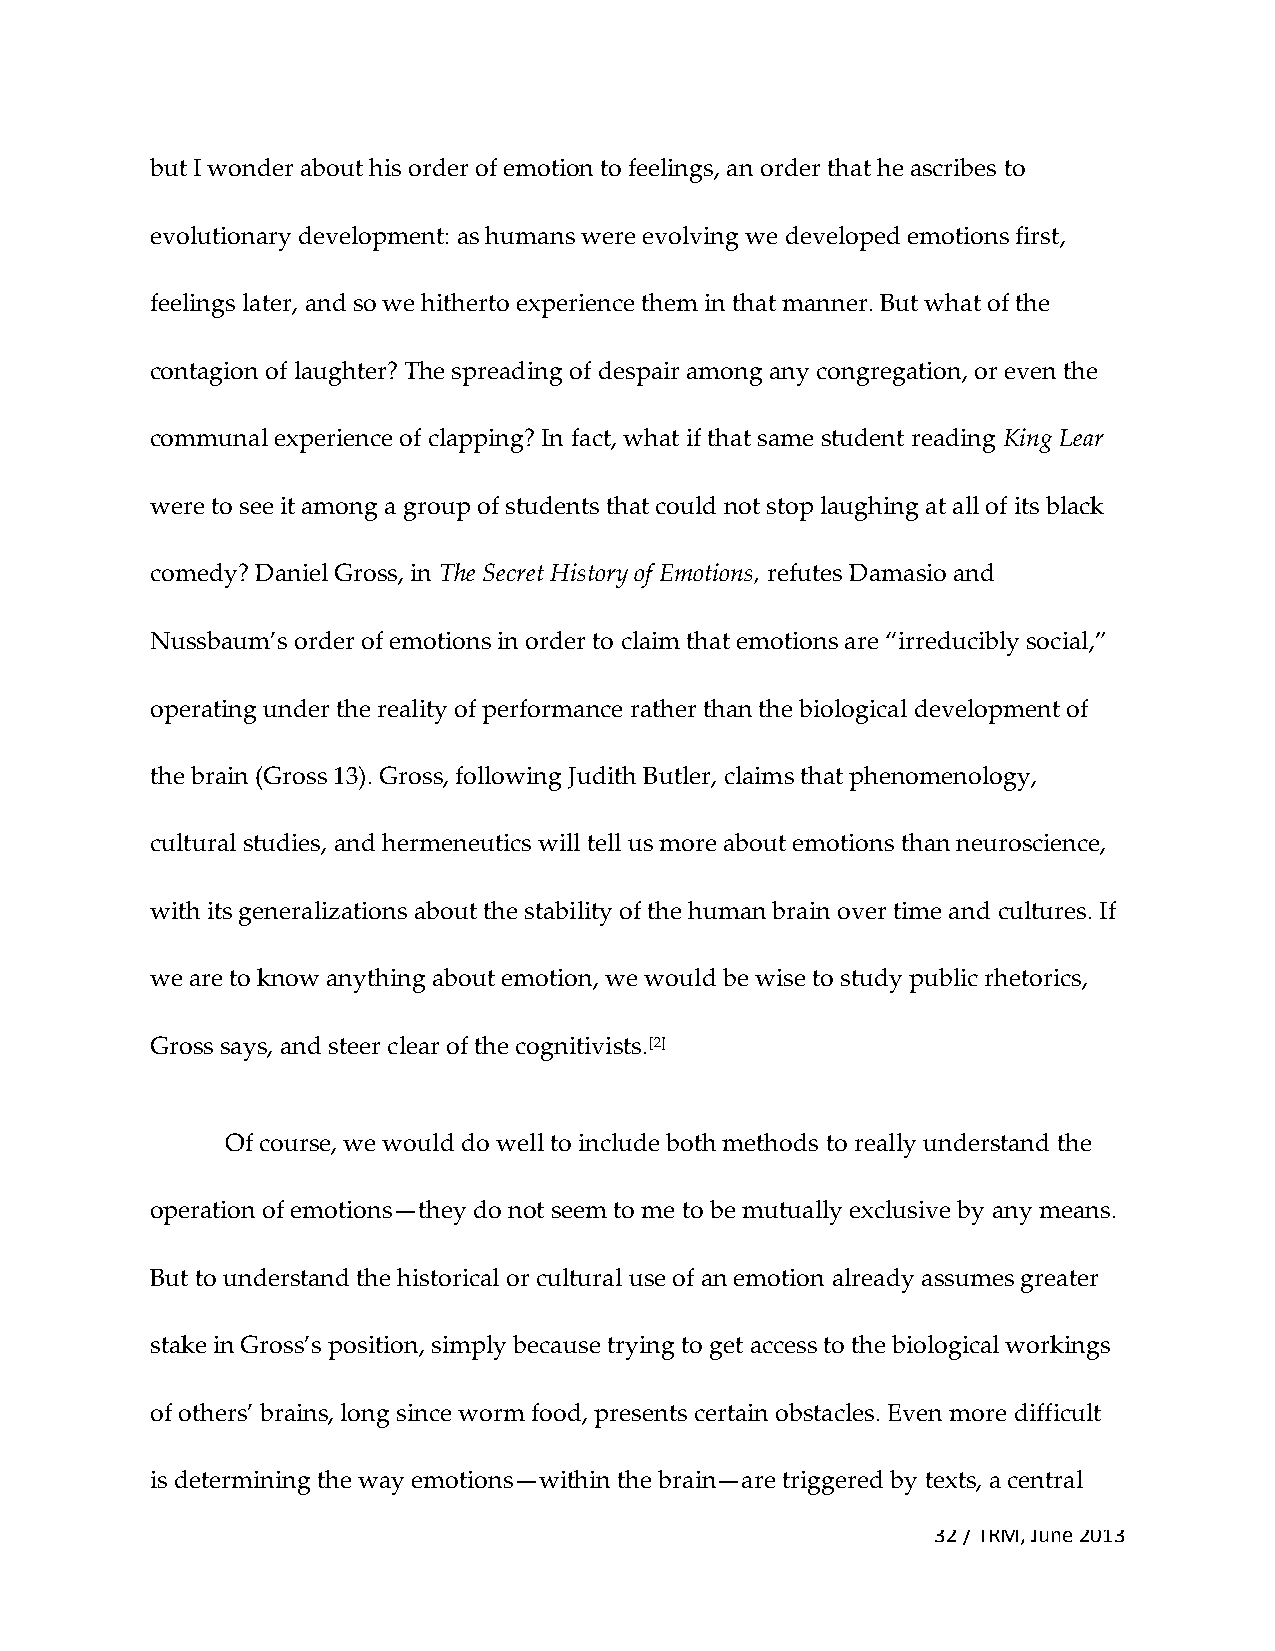
but I wonder about his order of emotion to feelings, an order that he ascribes to
 evolutionary development: as humans were evolving we developed emotions first,
 feelings later, and so we hitherto experience them in that manner. But what of the
 contagion of laughter? The spreading of despair among any congregation, or even the
 communal experience of clapping? In fact, what if that same student reading King Lear
 were to see it among a group of students that could not stop laughing at all of its black
 comedy? Daniel Gross, in The Secret History of Emotions, refutes Damasio and
 Nussbaum’s order of emotions in order to claim that emotions are “irreducibly social,”
 operating under the reality of performance rather than the biological development of
 the brain (Gross 13). Gross, following Judith Butler, claims that phenomenology,
 cultural studies, and hermeneutics will tell us more about emotions than neuroscience,
 with its generalizations about the stability of the human brain over time and cultures. If
 we are to know anything about emotion, we would be wise to study public rhetorics,
 Gross says, and steer clear of the cognitivists.[2]
 Of course, we would do well to include both methods to really understand the
 operation of emotions—they do not seem to me to be mutually exclusive by any means.
 But to understand the historical or cultural use of an emotion already assumes greater
 stake in Gross’s position, simply because trying to get access to the biological workings
 of others’ brains, long since worm food, presents certain obstacles. Even more difficult
 is determining the way emotions—within the brain—are triggered by texts, a central
 32 / TRM, June 2013